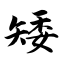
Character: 矮